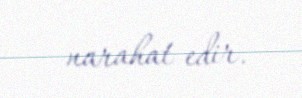
narahat edir.